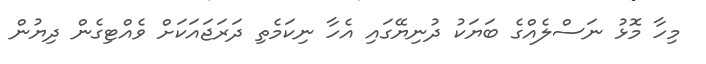
މިހާ މޮޅު ނަސްލެއްގެ ބަޔަކު ދުނިޔޭގައި އެހާ ނިކަމެތި ދަރަޖައަކަށް ވެއްޓިގެން ދިޔުން